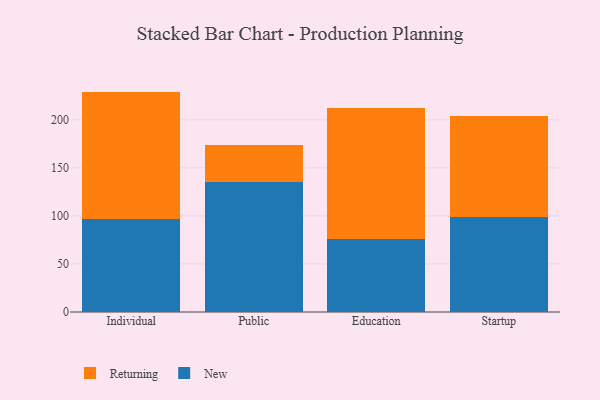
{"axis": {"x": "Segment", "y": "Revenue (USD Million)"}, "legend": ["New", "Returning"], "data": [{"x": "Individual", "y": 96.5, "type": "New"}, {"x": "Individual", "y": 132.9, "type": "Returning"}, {"x": "Public", "y": 134.9, "type": "New"}, {"x": "Public", "y": 38.6, "type": "Returning"}, {"x": "Education", "y": 75.5, "type": "New"}, {"x": "Education", "y": 136.6, "type": "Returning"}, {"x": "Startup", "y": 99.1, "type": "New"}, {"x": "Startup", "y": 105.0, "type": "Returning"}]}